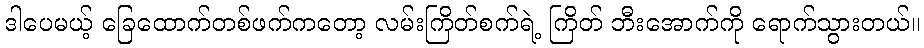
ဒါပေမယ့် ခြေထောက်တစ်ဖက်ကတော့ လမ်းကြိတ်စက်ရဲ့ ကြိတ် ဘီးအောက်ကို ရောက်သွားတယ်။